Streptothrix isolated from the spleen of a leper - Number 51
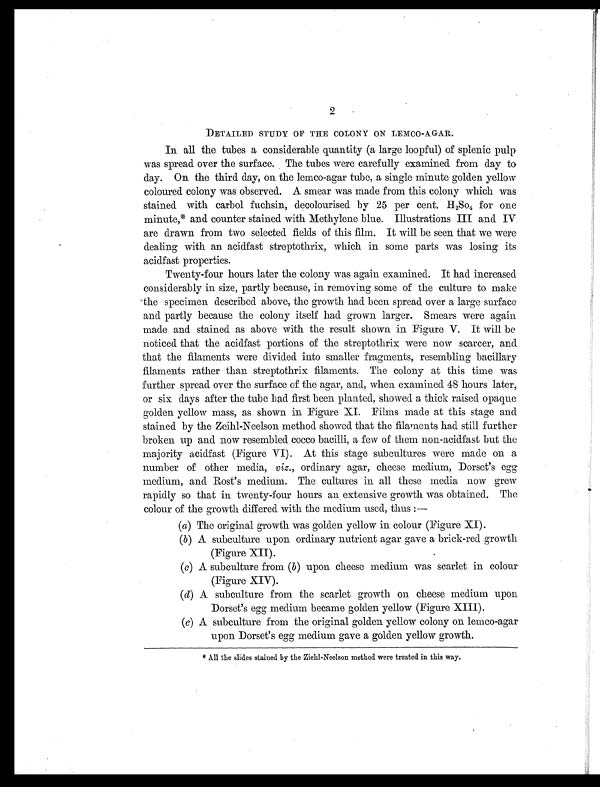
2
DETAILED STUDY OF THE COLONY ON LEMCO-AGAR.
In all the tubes a considerable quantity (a large loopful) of splenic pulp
was spread over the surface. The tubes were carefully examined from day to
day. On the third day, on the lemco-agar tube, a single minute golden yellow
coloured colony was observed. A smear was made from this colony which was
stained with carbol fuchsin, decolourised by 25 per cent. H 2So4 for one
minute,* and counter stained with Methylene blue. Illustrations III and IV
are drawn from two selected fields of this film. It will be seen that we were
dealing with an acidfast streptothrix, which in some parts was losing its
acidfast properties.
Twenty-four hours later the colony was again examined. It had increased
considerably in size, partly because, in removing some of the culture to make
the specimen described above, the growth had been spread over a large surface
and partly because the colony itself had grown larger. Smears were again
made and stained as above with the result shown in Figure V. It will be
noticed that the acidfast portions of the streptothrix were now scarcer, and
that the filaments were divided into smaller fragments, resembling bacillary
filaments rather than streptothrix filaments. The colony at this time was
further spread over the surface of the agar, and, when examined 48 hours later,
or six days after the tube had first been planted, showed a thick raised opaque
golden yellow mass, as shown in Figure XI. Films made at this stage and
stained by the Zeihl-Neelson method showed that the filaments had still further
broken up and now resembled cocco bacilli, a few of them non-acidfast but the
majority acidfast (Figure VI). At this stage subcultures were made on a
number of other media, viz. , ordinary agar, cheese medium, Dorset's egg
medium, and Rost's medium. The cultures in all these media now grew
rapidly so that in twenty-four hours an extensive growth was obtained. The
colour of the growth differed with the medium used, thus :—
(a) The original growth was golden yellow in colour (Figure XI).
(b) A subculture upon ordinary nutrient agar gave a brick-red growth
(Figure XII).
(c) A subculture from ( b) upon cheese medium was scarlet in colour
(Figure XIV).
(d) A subculture from the scarlet growth on cheese medium upon
Dorset's egg medium became golden yellow (Figure XIII).
(e) A subculture from the original golden yellow colony on lemco-agar
upon Dorset's egg medium gave a golden yellow growth.
* All the slides stained by the Ziehl-Neelson method were treated in this, way.